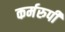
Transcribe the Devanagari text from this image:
कर्मरुपी